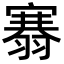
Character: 𮋐